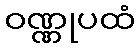
ဝဏ္ဏုပထံ